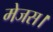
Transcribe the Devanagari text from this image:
मेजस।